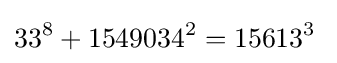
33^{8}+1549034^{2}=15613^{3}\;